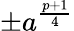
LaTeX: \pm a^{\frac{p+1}{4}}